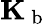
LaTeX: \mathbf{K}_{\mathrm{~b~}}